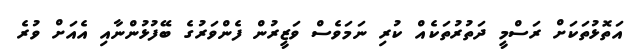
އަތޮޅުތަކަށް ރަސްމީ ދަތުރުތަކެއް ކުރި ނަމަވެސް ވަޒީރުން ފެންވަރުގެ ބޭފުޅުންނާއި އެއަށް ވުރެ